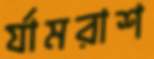
র‍্যামরাশ